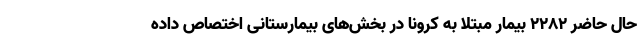
حال حاضر 2282 بیمار مبتلا به کرونا در بخش‌های بیمارستانی اختصاص داده